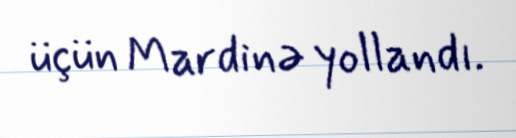
üçün Mardinə yollandı.